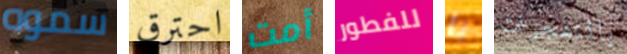
سموه احترق أمت للفطور يا بالمتفجرات